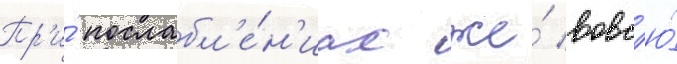
Пр'и́ послабл'е́н'иах же́ вовс'ю́